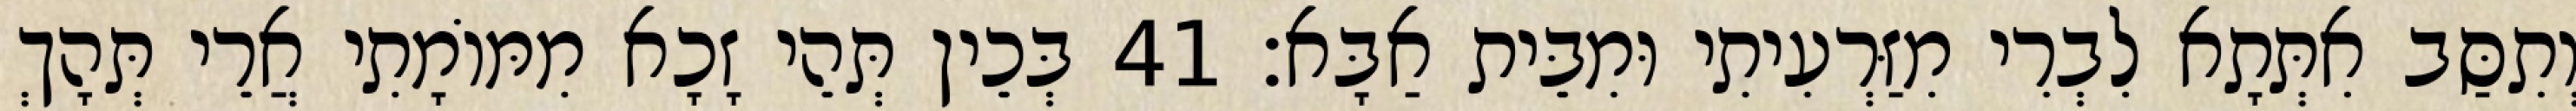
וְתִסַּב אִתְּתָא לִבְרִי מִזַּרְעִיתִי וּמִבֵּית אַבָּא׃ 41 בְּכֵין תְּהֵי זָכָא מִמּוֹמָתִי אֲרֵי תְּהָךְ